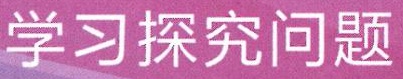
学习探究问题